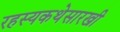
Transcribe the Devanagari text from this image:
रहस्यकथेसारखी